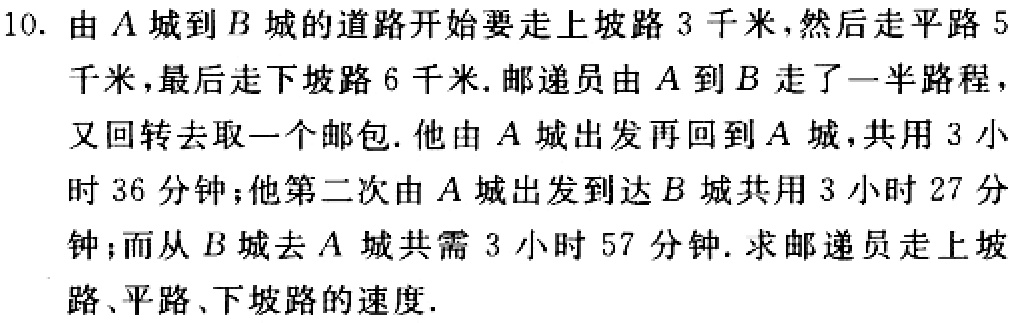
10. 由\(A\)城到\(B\)城的道路开始要走上坡路\(3\)千米，然后走平路\(5\)千米，最后走下坡路\(6\)千米. 邮递员由\(A\)到\(B\)走了一半路程，又回转去取一个邮包. 他由\(A\)城出发再回到\(A\)城，共用\(3\)小时\(36\)分钟；他第二次由\(A\)城出发到达\(B\)城共用\(3\)小时\(27\)分钟；而从\(B\)城去\(A\)城共需\(3\)小时\(57\)分钟. 求邮递员走上坡路、平路、下坡路的速度.